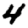
Digit: 4